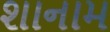
શાનામ